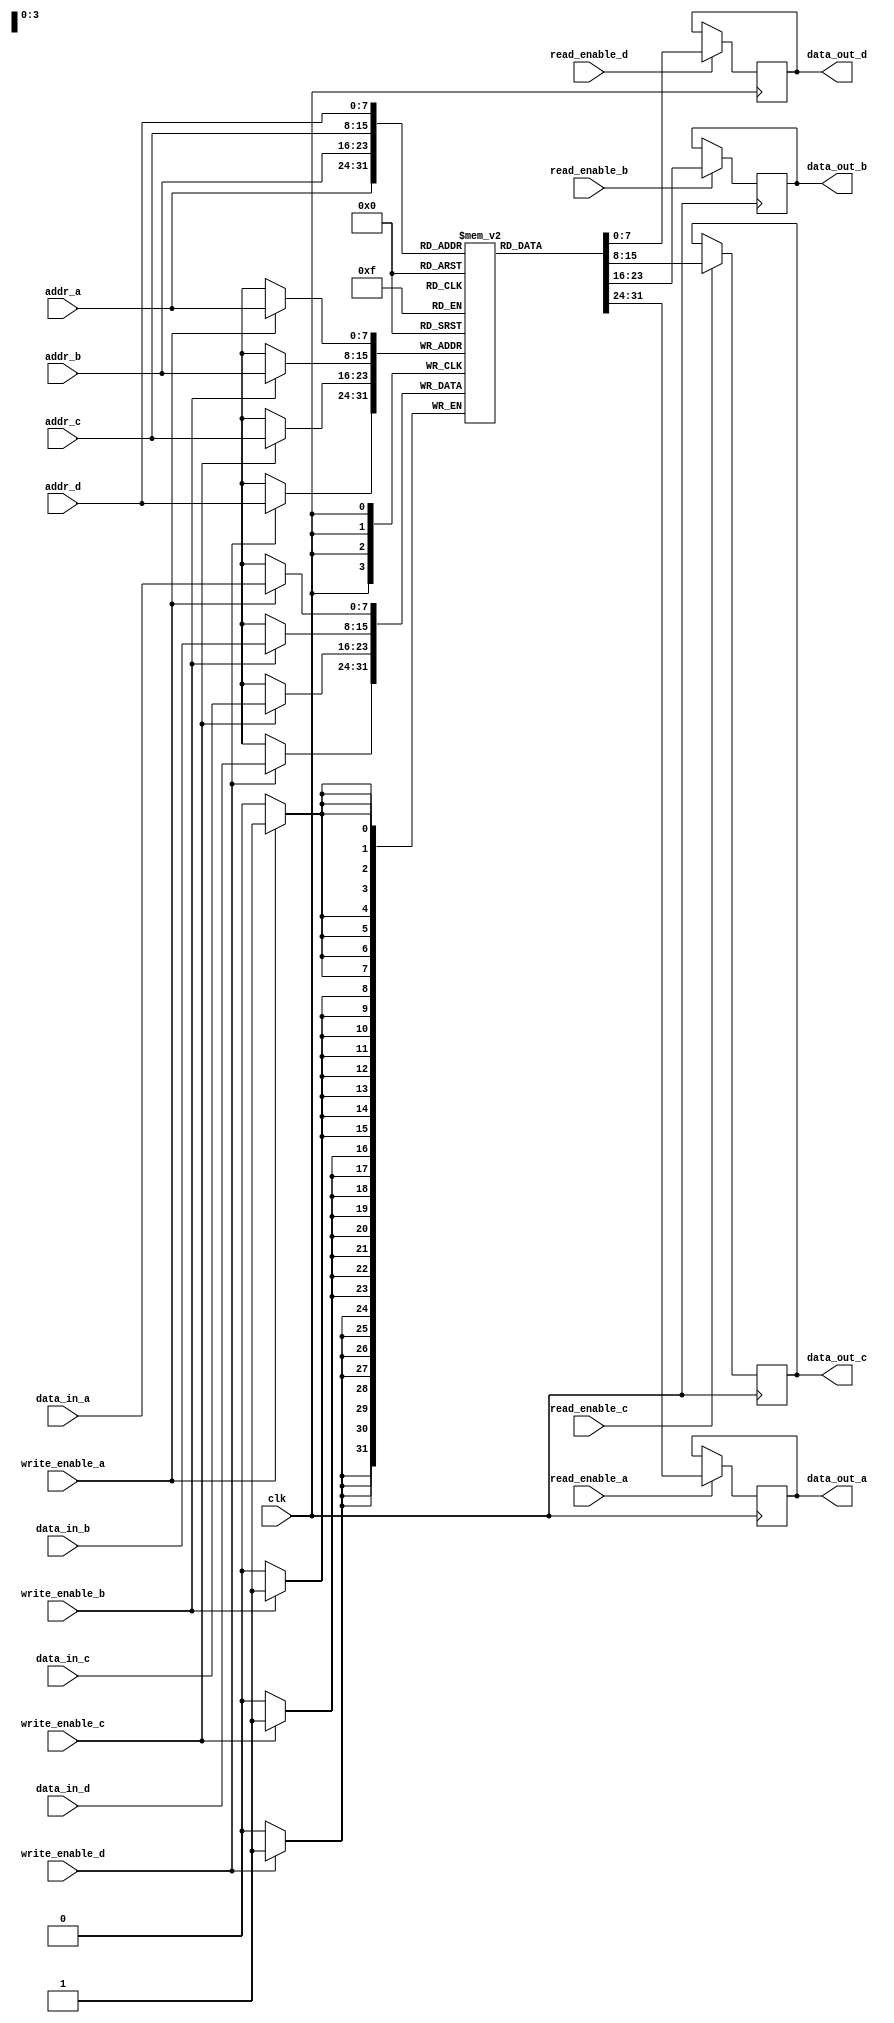
module quad_port_sram #(
    parameter ADDR_WIDTH = 8, // Address width for 256 x 8 bits
    parameter DATA_WIDTH = 8   // 8 bits data width
)(
    input wire clk,
    input wire [ADDR_WIDTH-1:0] addr_a,
    input wire [ADDR_WIDTH-1:0] addr_b,
    input wire [ADDR_WIDTH-1:0] addr_c,
    input wire [ADDR_WIDTH-1:0] addr_d,
    
    input wire [DATA_WIDTH-1:0] data_in_a,
    input wire [DATA_WIDTH-1:0] data_in_b,
    input wire [DATA_WIDTH-1:0] data_in_c,
    input wire [DATA_WIDTH-1:0] data_in_d,

    input wire read_enable_a,
    input wire read_enable_b,
    input wire read_enable_c,
    input wire read_enable_d,
    
    input wire write_enable_a,
    input wire write_enable_b,
    input wire write_enable_c,
    input wire write_enable_d,

    output reg [DATA_WIDTH-1:0] data_out_a,
    output reg [DATA_WIDTH-1:0] data_out_b,
    output reg [DATA_WIDTH-1:0] data_out_c,
    output reg [DATA_WIDTH-1:0] data_out_d
);

    // Memory array declaration
    reg [DATA_WIDTH-1:0] memory [(2**ADDR_WIDTH)-1:0];

    // On every clock edge
    always @(posedge clk) begin
        // Port A operations
        if (write_enable_a) begin
            memory[addr_a] <= data_in_a;
        end
        if (read_enable_a) begin
            data_out_a <= memory[addr_a];
        end

        // Port B operations
        if (write_enable_b) begin
            memory[addr_b] <= data_in_b;
        end
        if (read_enable_b) begin
            data_out_b <= memory[addr_b];
        end

        // Port C operations
        if (write_enable_c) begin
            memory[addr_c] <= data_in_c;
        end
        if (read_enable_c) begin
            data_out_c <= memory[addr_c];
        end

        // Port D operations
        if (write_enable_d) begin
            memory[addr_d] <= data_in_d;
        end
        if (read_enable_d) begin
            data_out_d <= memory[addr_d];
        end
    end

endmodule